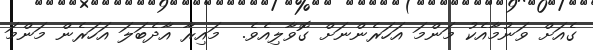
ގެއަށް ވަނުމާއެކު މަންމަ އަހަރެންނަށް ގޮވާލިއެވެ.  މައިރާ އާދެބަލަ އަހަރެން މަންމަ